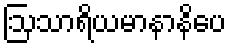
ဩသာရိယမာနာနိပေ